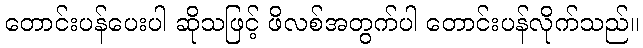
တောင်းပန်ပေးပါ ဆိုသဖြင့် ဖိလစ်အတွက်ပါ တောင်းပန်လိုက်သည်။